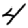
Digit: 4